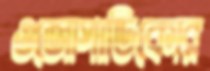
ওজোপাডিকোর